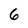
Character: 6